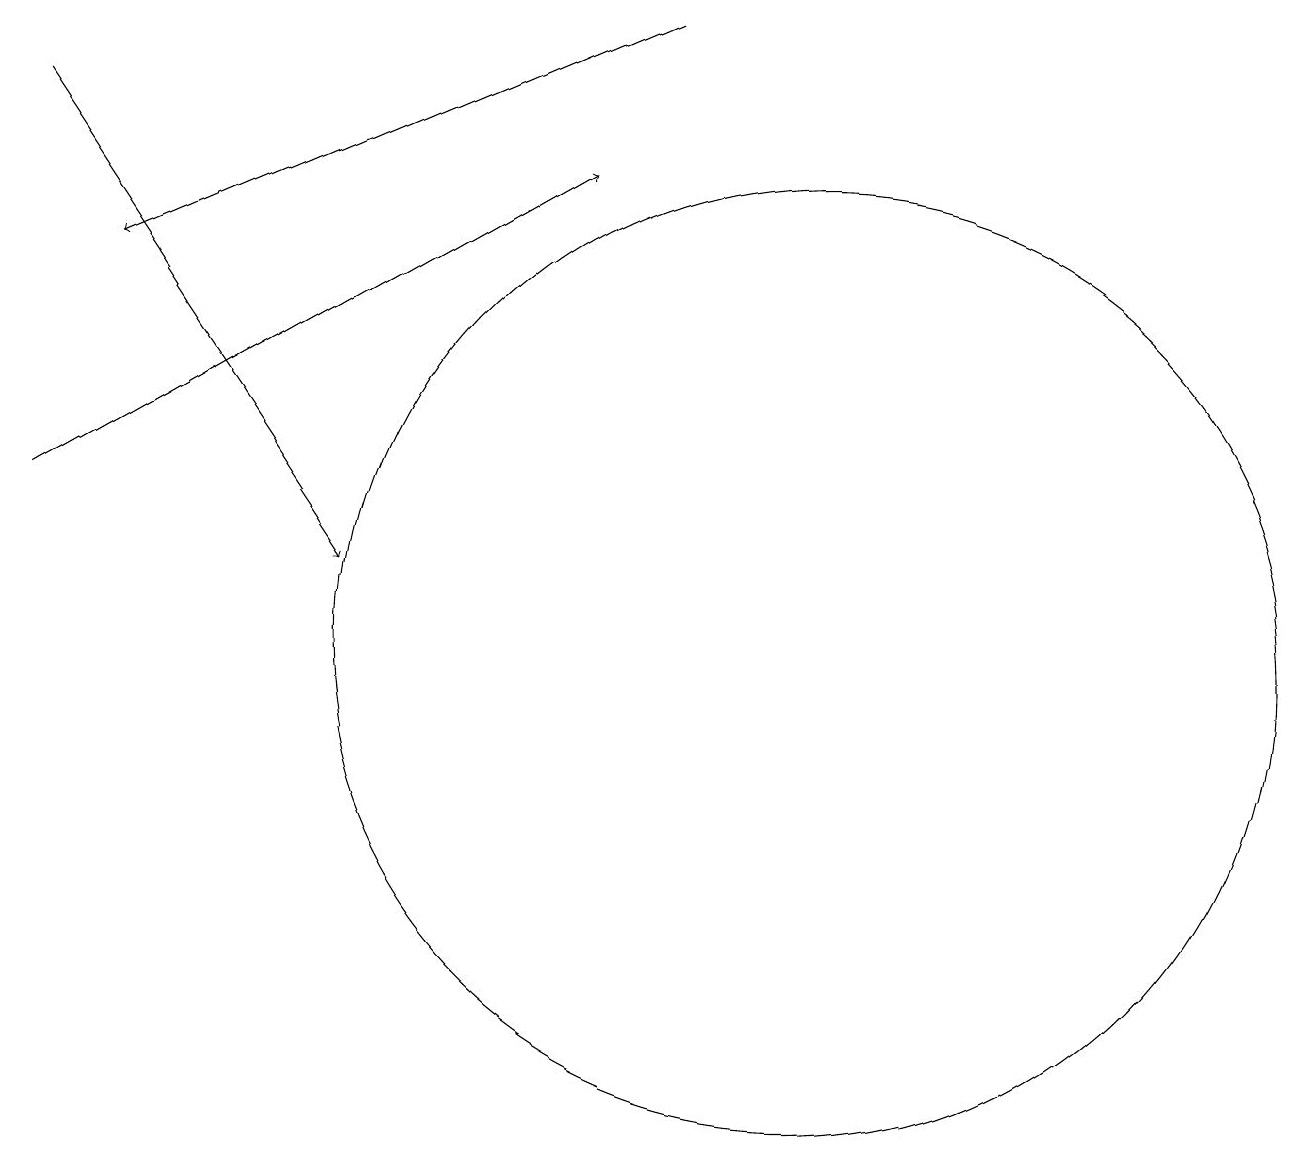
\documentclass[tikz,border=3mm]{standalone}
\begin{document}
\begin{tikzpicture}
\draw[->] (0,18) -- (4,12);
\draw (10,11) circle (6);
\draw[->] (0,13) -- (7,17);
\draw[->] (8,19) -- (1,16);
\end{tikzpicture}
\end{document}